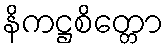
နိကဋ္ဌစိတ္တော